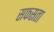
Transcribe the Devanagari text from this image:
सफसता